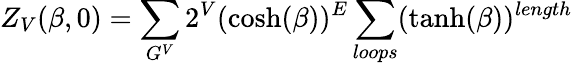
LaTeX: Z_{V}(\beta,0)=\sum_{G^{V}}2^{V}(\cosh(\beta))^{E}\sum_{loops}(\operatorname{tanh}(\beta))^{length}